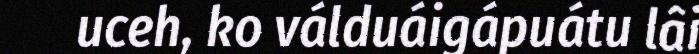
uceh, ko válduáigápuátu lâi